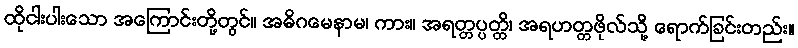
ထိုငါးပါးသော အကြောင်းတို့တွင်။ အဓိဂမေနာမ၊ ကား။ အရတ္တပ္ပတ္တိ၊ အရဟတ္တဖိုလ်သို့ ရောက်ခြင်းတည်း။